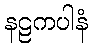
နဠကပါနံ